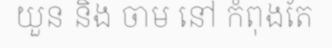
យួន និង ចាម នៅ កំពុងតែ